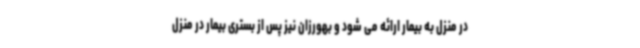
در منزل به بیمار ارائه می شود و بهورزان نیز پس از بستری بیمار در منزل